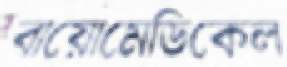
বায়োমেডিকেল